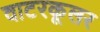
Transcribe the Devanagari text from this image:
वाटरकूलर